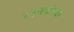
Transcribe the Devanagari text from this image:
२३वर्षाच्या